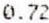
0.72